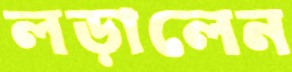
লড়ালেন